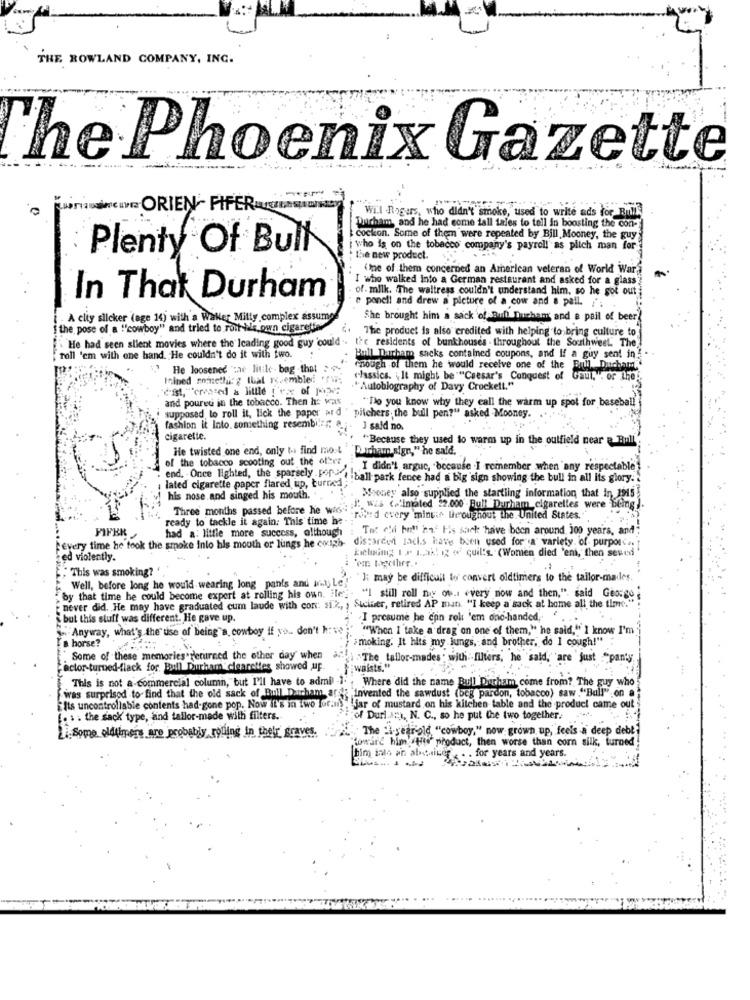
THE ROWLAND COMPANY, ING.
........ .. .
The Phoenix Gazette
mamsincs ORIEN- PIPERQUESER
Will Rogers, who didn't smoke, used to write ads for Rulle
Ducham and he had come tall tales to tell in boosting the con-
cockon. Some of them were repeated by Bill Mooney, the guy
Plenty Of Bull
who is on the tobacco company's payroll' as plich man for
the new product.
"Ine of them concerned an American veteran of World War
I who walked into a German restaurant and asked for a glass
of . milk, The waitress couldn't understand him, so he got out
In That Durham
e ponell and drew a picture of a cow and a pall. /';
. A cliy slicker (age 14) with a Waller Milly complex assume
She brought him a sack of Bull Durham and a pail of beer
the pose of a ""cowboy" and tried to roit-his own cigaretta
. The product is also credited with helping to bring culture to
. He had seen slient movies where the leading good guy 'could .. the residents of bunkhouse's - throughout the Southwest. The
Toll 'em with one hand. He couldn't do it with two.
Bull Durham sacks contained coupons, and If a guy sent inf.
1." He loosened car litile . bag that :
enough of them he would receive one of the Bull Ducham
Inined something that resembledi "\;
classics. It might be ""Caesar's Conquest of Gaul. . or Lhe
e-ist, "created a little t'esx of ppe:
." Autobiography of Davy Crockett."
and poured in the tobacco. Then he was
"Do you know why they call the warm up spot for baseball
supposed to roll it, lick the paper ard " pitchers, the bull pen?" asked Mooney.
fashion it Into. something resembilir a
I said no.
cigarette.
"Because they used to warm up in the outfield near & Bull"
He twisted one end, only to find most
"Duchan sign," he said.
of the tobacco scooting out the other
I didn't arguc, because .I remember when any respectable
end. . Once lighted, the sparsely .For 'ball park fence had a big sign showing the bull in all its glory.
lated cigarette paper flared up, turned
his nose and singed his mouth."
Money also supplied the startiing information that in 2015
Three months passed before he was:
J. w (."imated 22.000 -Bull Durham cigarettes were being ).
ready to tackle it again: This time he-
"nord every minuit throughout the United States.
FIFER
Tat cfa bell ha' His sack have been around 100 years, and
had a: little more success, although
every time he took the smoke Into his mouth or lungs he coigh-
kieludmg I .r. L. ak! ig o quil's. (Women died 'emi, then seved
discarded jacks have been used for a variety. of. purporc ..
Fed violently.
" This was smoking? "
. "]: may be difficult to convert oldtimers to the tailor-mailes
by that time he could become export at rolling his own. ite. "I still rell my ov. every now and then," said George
Well, before long he would wearing long pants and ant Le!
never did. He may have graduated cum laude with con: six, , Stiner, retired AP mati "I keep a sack at home all the time."
but this stuff was different. He gave up.
I presume he can rolt 'em one-handed,
Anyway, what's the use of being"a, cowboy if yo .. don't h
"When I take a drag on one of them," he said," I know I'm
smoking. It hits my jungs, and brother, de I cough!"
a horse?
Some of these memories derurned the other day when
The tailor-mades ; with -filters, he said,"'are just :"panty
actor-turned-flack for Bull Durham clearettes showed up.
waists."
This is not a-commercial column, but I'll have to admil -1.
was surprised to find that the old sack of Bull Darham are; invented the sawdust (beg pardon, tobacco) saw ."Ball" on
:Where did the name Bull Dirham come from? The guy who
[Its uncontrollable contents had-gone pop. Now it's in iwo lor.mi)" !jar of mustard on his kitchen table and the product came out
[. . . the sack type, and tailor-made with filters.
of Durl.A.), N. C ., so he put the two together.
F.Some oldtimers are probably rolling in their, graves.
The -i-year-old "cowboy," now grown up,"feels a deep debl
towar' him itis product, then worse than corn silk, turned
him into an abstiver-
: . for years and years.